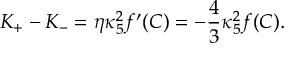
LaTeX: K _ { + } - K _ { - } = \eta \kappa _ { 5 } ^ { 2 } f ^ { \prime } ( C ) = - { \frac { 4 } { 3 } } \kappa _ { 5 } ^ { 2 } f ( C ) .